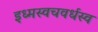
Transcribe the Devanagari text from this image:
इध्मस्वचवर्धस्व